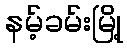
နမ့်ခမ်းမြို့